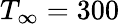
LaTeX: T_{\infty}=300